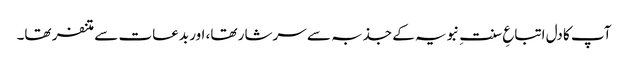
آپ کا دل اتباعِ سنتِ نبویہ کے جذبہ سے سرشار تھا، اور بدعات سے متنفر تھا۔